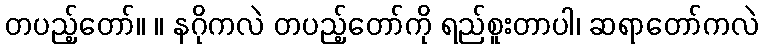
တပည့်တော်။ ။ နဂိုကလဲ တပည့်တော်ကို ရည်စူးတာပါ၊ ဆရာတော်ကလဲ